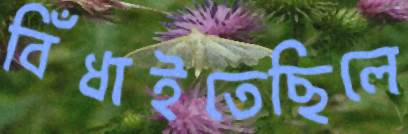
বিঁধাইতেছিলে